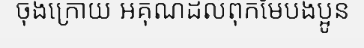
ចុងក្រោយ អគុណដល់ពុកម៉ែបងប្អូន